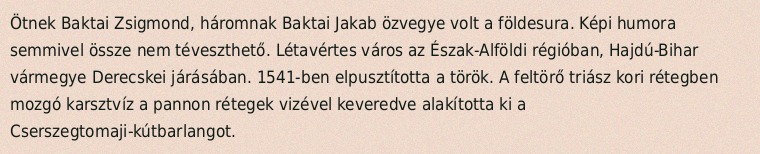
Ötnek Baktai Zsigmond, háromnak Baktai Jakab özvegye volt a földesura. Képi humora semmivel össze nem téveszthető. Létavértes város az Észak-Alföldi régióban, Hajdú-Bihar vármegye Derecskei járásában. 1541-ben elpusztította a török. A feltörő triász kori rétegben mozgó karsztvíz a pannon rétegek vizével keveredve alakította ki a Cserszegtomaji-kútbarlangot.